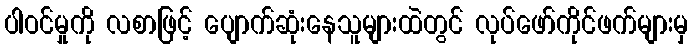
ပါဝင်မှုကို လစာဖြင့် ပျောက်ဆုံးနေသူများထဲတွင် လုပ်ဖော်ကိုင်ဖက်များမှ